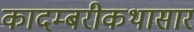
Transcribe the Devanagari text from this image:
कादम्बरीकथासार